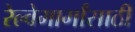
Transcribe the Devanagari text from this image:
रेल्वेमार्गांसाठी